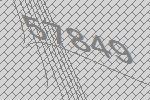
57849